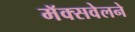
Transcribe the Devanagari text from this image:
मॅक्सवेलने